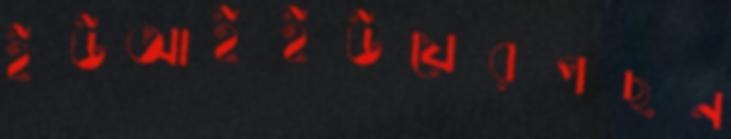
ইউআইইউয়েরপছন